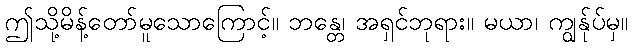
ဤသို့မိန့်တော်မူသောကြောင့်။ ဘန္တေ၊ အရှင်ဘုရား။ မယာ၊ ကျွန်ုပ်မှ။